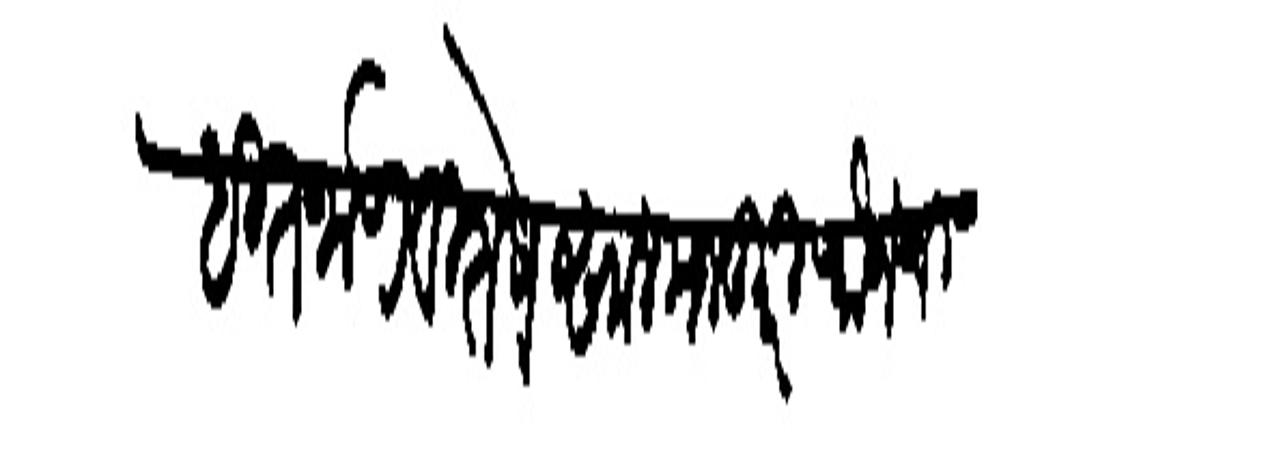
Transliteration (Devanagari): लिहित जाणे विशेष सालमजकुरी फौजेची